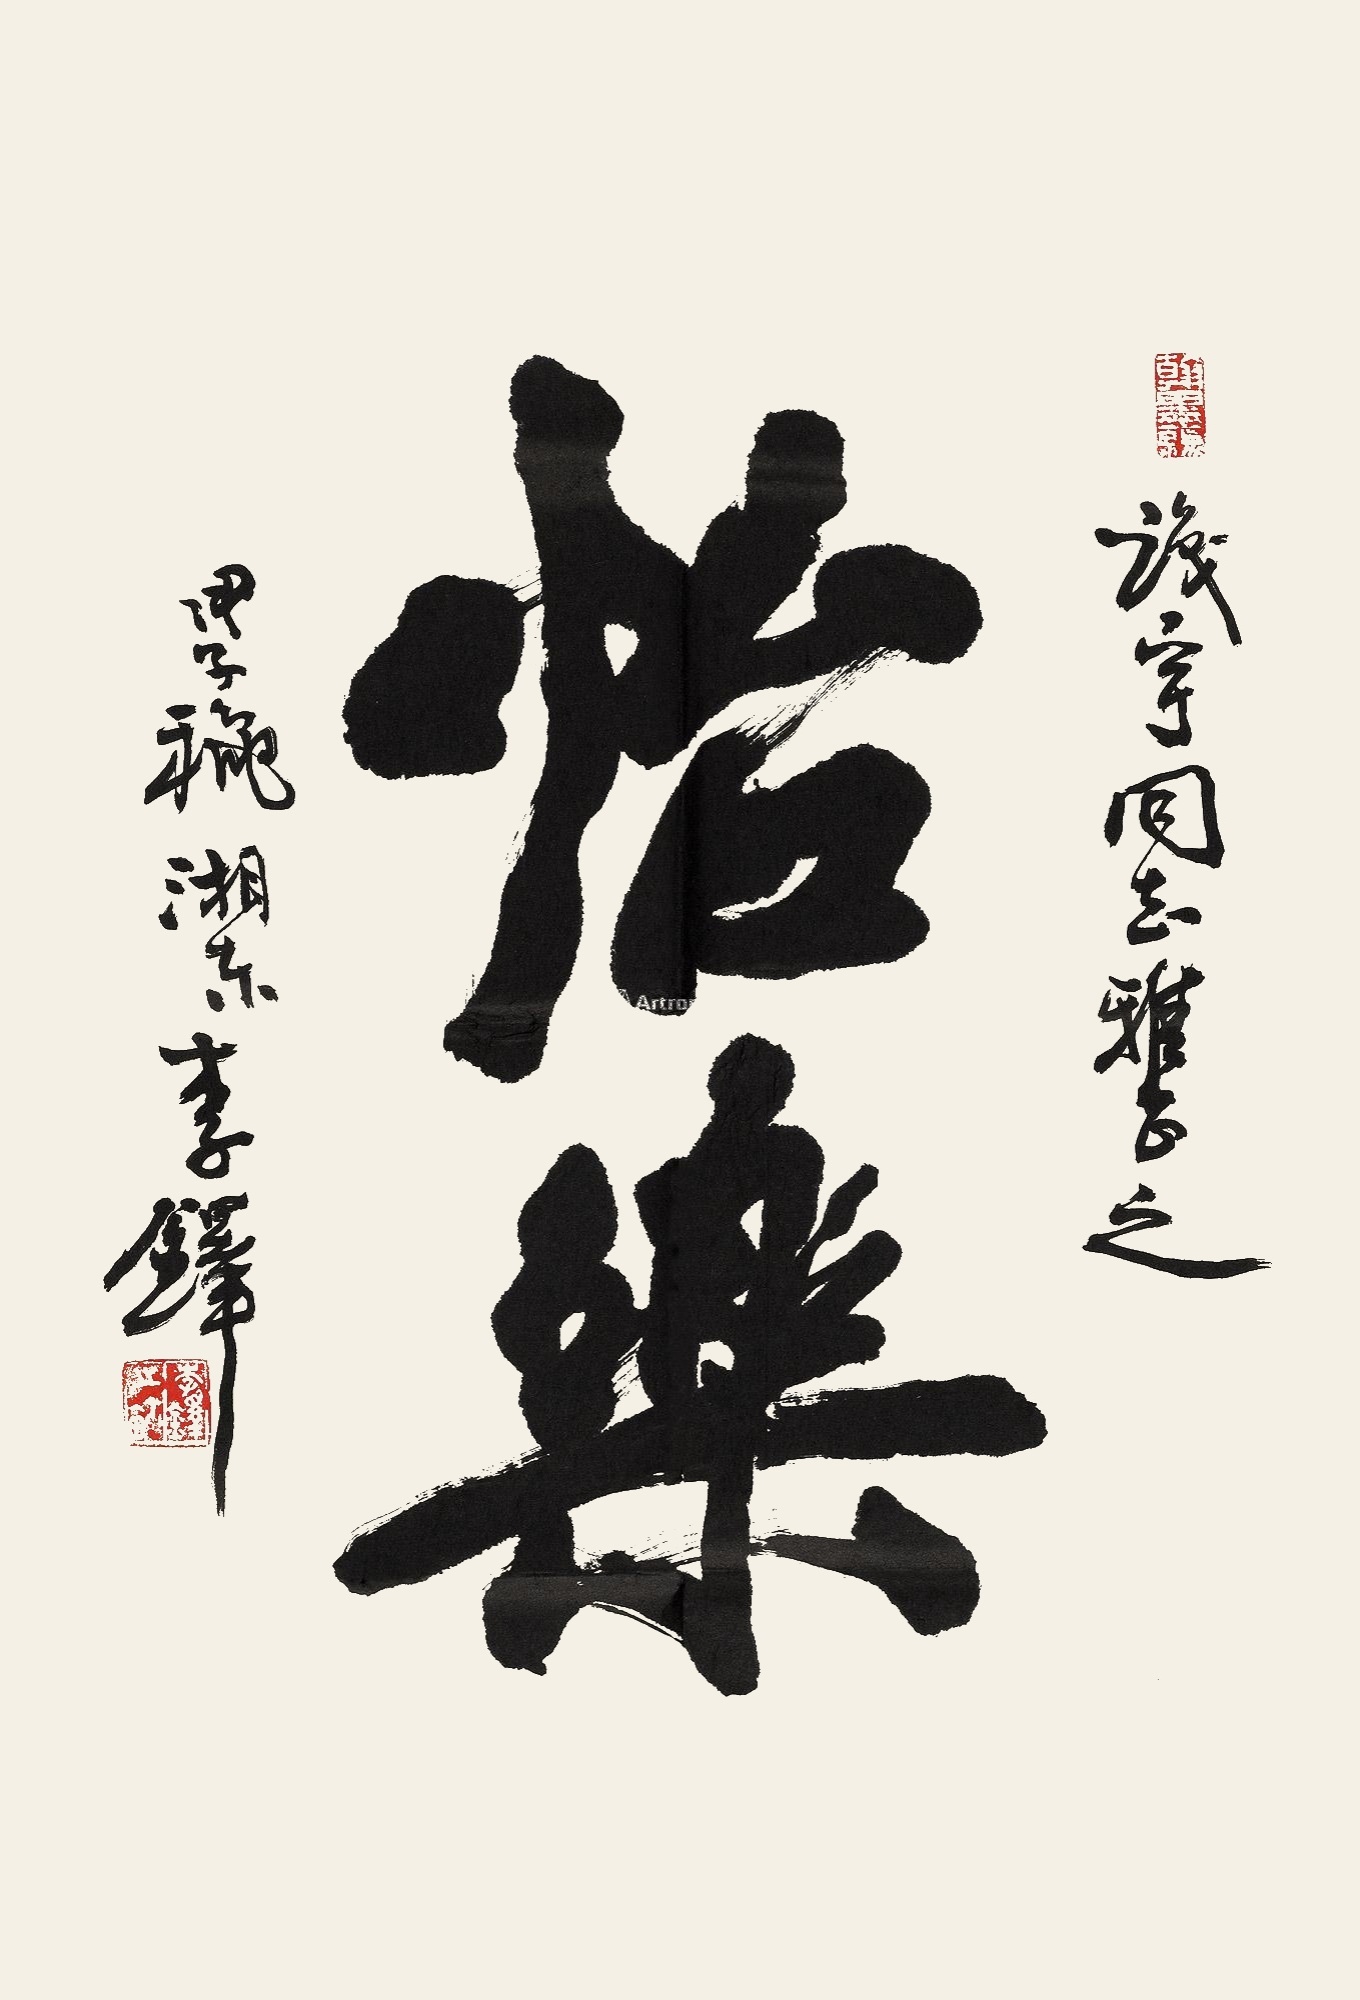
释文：怡乐识宇同志雅正之。甲子秋，湘东李铎。